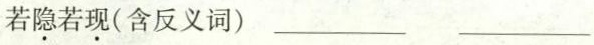
若隐若现(含反义词) ___ ___